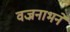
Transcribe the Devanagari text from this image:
वज्रनाभने